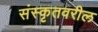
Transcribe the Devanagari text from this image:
संस्कृतवरील